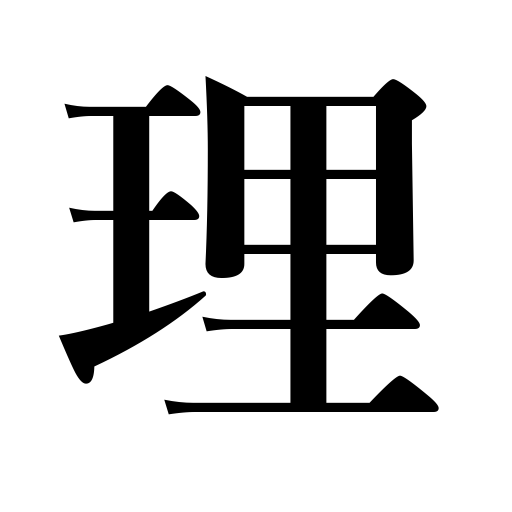
Meanings: truth,justice,principle,reason